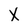
Character: X